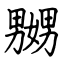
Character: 嬲